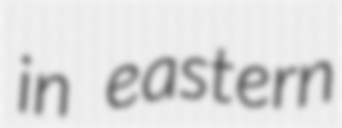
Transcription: in eastern